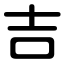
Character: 吉